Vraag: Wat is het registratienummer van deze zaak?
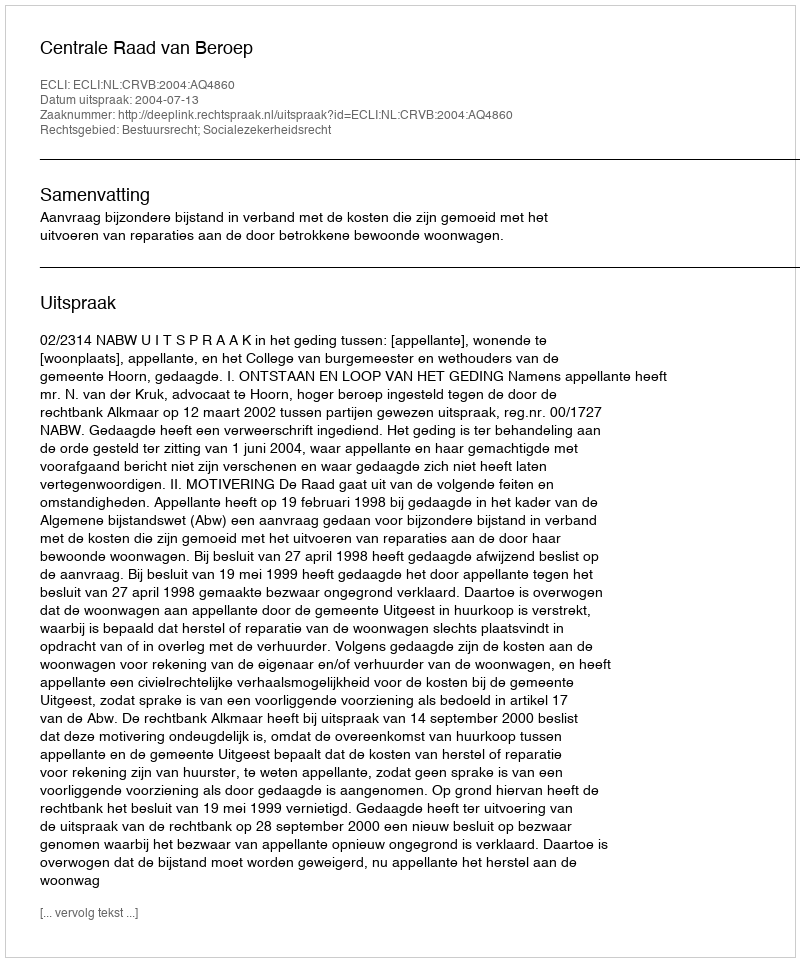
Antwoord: http://deeplink.rechtspraak.nl/uitspraak?id=ECLI:NL:CRVB:2004:AQ4860